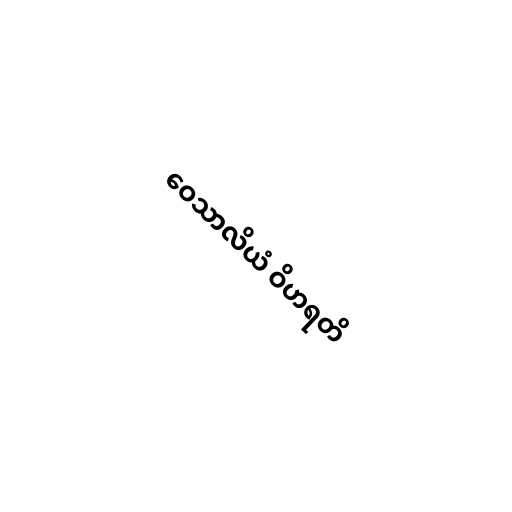
ဝေသာလိယံ ဝိဟရတိ